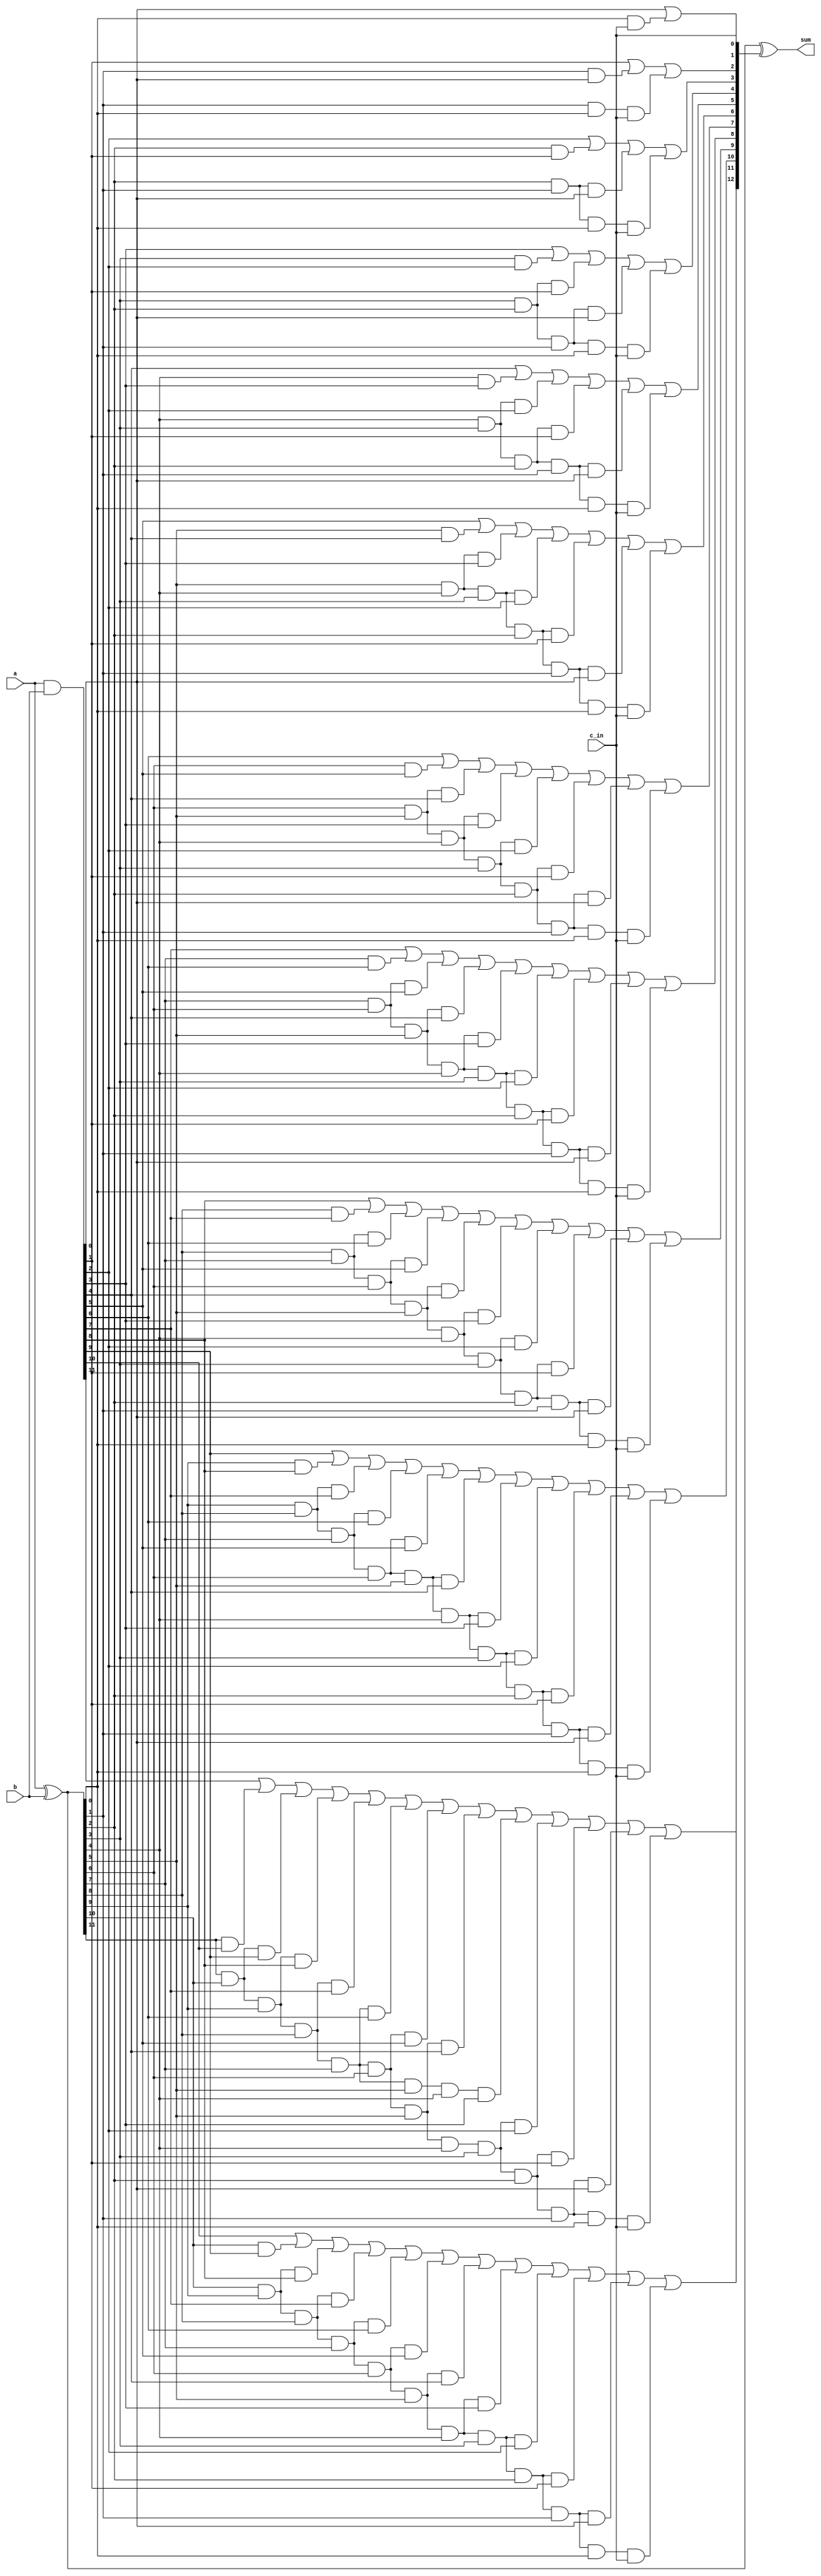
module cla_12bit(a,b,c_in,sum);

//parameter define
parameter ADDR_WIDTH = 12;

//input define
//input clk;
//input rst_n;
input [ADDR_WIDTH-1:0] a;
input [ADDR_WIDTH-1:0] b;
input c_in;

//output define
output [ADDR_WIDTH:0] sum;

//internal signal
wire [ADDR_WIDTH-1:0] p;
wire [ADDR_WIDTH-1:0] g;
wire [ADDR_WIDTH:0] c;

assign p[ADDR_WIDTH-1:0] = a[ADDR_WIDTH-1:0] ^ b[ADDR_WIDTH-1:0];
assign g[ADDR_WIDTH-1:0] = a[ADDR_WIDTH-1:0] & b[ADDR_WIDTH-1:0];
assign c[0] = c_in;
assign c[1] = g[0] | (p[0] & c[0]);

assign c[2] = g[1] | (p[1] & g[0]) | (p[1] & p[0] & c[0]);

assign c[3] = g[2] | (p[2] &  g[1]) | (p[2] & p[1] & g[0]) | (p[2] & p[1] & p[0] & c[0]);

assign c[4] = g[3] | (p[3] &  g[2]) | (p[3] & p[2] &  g[1]) | (p[3] & p[2] & p[1] & g[0]) | (p[3] & p[2] & p[1] & p[0] & c[0]);

assign c[5] = g[4] | (p[4] &  g[3]) | (p[4] & p[3] &  g[2]) | (p[4] & p[3] & p[2] &  g[1]) | (p[4] & p[3] & p[2] & p[1] & g[0]) | (p[4] & p[3] & p[2] & p[1] & p[0] & c[0]);

assign c[6] = g[5] | (p[5] &  g[4]) | (p[5] & p[4] &  g[3]) | (p[5] & p[4] & p[3] &  g[2]) | (p[5] & p[4] & p[3] & p[2] &  g[1]) | (p[5] & p[4] & p[3] & p[2] & p[1] & g[0]) | (p[5] & p[4] & p[3] & p[2] & p[1] & p[0] & c[0]);

assign c[7] = g[6] | (p[6] &  g[5]) | (p[6] & p[5] &  g[4]) | (p[6] & p[5] & p[4] &  g[3]) | (p[6] & p[5] & p[4] & p[3] &  g[2]) | (p[6] & p[5] & p[4] & p[3] & p[2] &  g[1]) | (p[6] & p[5] & p[4] & p[3] & p[2] & p[1] & g[0]) | (p[6] & p[5] & p[4] & p[3] & p[2] & p[1] & p[0] & c[0]);

assign c[8] = g[7] | (p[7] &  g[6]) | (p[7] & p[6] &  g[5]) | (p[7] & p[6] & p[5] &  g[4]) | (p[7] & p[6] & p[5] & p[4] &  g[3]) | (p[7] & p[6] & p[5] & p[4] & p[3] &  g[2]) | (p[7] & p[6] & p[5] & p[4] & p[3] & p[2] &  g[1]) | (p[7] & p[6] & p[5] & p[4] & p[3] & p[2] & p[1] & g[0]) | (p[7] & p[6] & p[5] & p[4] & p[3] & p[2] & p[1] & p[0] & c[0]);

assign c[9] = g[8] | (p[8] &  g[7]) | (p[8] & p[7] &  g[6]) | (p[8] & p[7] & p[6] &  g[5]) | (p[8] & p[7] & p[6] & p[5] &  g[4]) | (p[8] & p[7] & p[6] & p[5] & p[4] &  g[3]) | (p[8] & p[7] & p[6] & p[5] & p[4] & p[3] &  g[2]) | (p[8] & p[7] & p[6] & p[5] & p[4] & p[3] & p[2] &  g[1]) | (p[8] & p[7] & p[6] & p[5] & p[4] & p[3] & p[2] & p[1] & g[0]) | (p[8] & p[7] & p[6] & p[5] & p[4] & p[3] & p[2] & p[1] & p[0] & c[0]);

assign c[10] = g[9] | (p[9] &  g[8]) | (p[9] & p[8] &  g[7]) | (p[9] & p[8] & p[7] &  g[6]) | (p[9] & p[8] & p[7] & p[6] &  g[5]) | (p[9] & p[8] & p[7] & p[6] & p[5] &  g[4]) | (p[9] & p[8] & p[7] & p[6] & p[5] & p[4] &  g[3]) | (p[9] & p[8] & p[7] & p[6] & p[5] & p[4] & p[3] &  g[2]) | (p[9] & p[8] & p[7] & p[6] & p[5] & p[4] & p[3] & p[2] &  g[1]) | (p[9] & p[8] & p[7] & p[6] & p[5] & p[4] & p[3] & p[2] & p[1] & g[0]) | (p[9] & p[8] & p[7] & p[6] & p[5] & p[4] & p[3] & p[2] & p[1] & p[0] & c[0]);

assign c[11] = g[10] | (p[10] &  g[9]) | (p[10] & p[9] &  g[8]) | (p[10] & p[9] & p[8] &  g[7]) | (p[10] & p[9] & p[8] & p[7] &  g[6]) | (p[10] & p[9] & p[8] & p[7] & p[6] &  g[5]) | (p[10] & p[9] & p[8] & p[7] & p[6] & p[5] &  g[4]) | (p[10] & p[9] & p[8] & p[7] & p[6] & p[5] & p[4] &  g[3]) | (p[10] & p[9] & p[8] & p[7] & p[6] & p[5] & p[4] & p[3] &  g[2]) | (p[10] & p[9] & p[8] & p[7] & p[6] & p[5] & p[4] & p[3] & p[2] &  g[1]) | (p[10] & p[9] & p[8] & p[7] & p[6] & p[5] & p[4] & p[3] & p[2] & p[1] & g[0]) | (p[10] & p[9] & p[8] & p[7] & p[6] & p[5] & p[4] & p[3] & p[2] & p[1] & p[0] & c[0]);

assign c[12] = g[11] | (p[11] &  g[10]) | (p[11] & p[10] &  g[9]) | (p[11] & p[10] & p[9] &  g[8]) | (p[11] & p[10] & p[9] & p[8] &  g[7]) | (p[11] & p[10] & p[9] & p[8] & p[7] &  g[6]) | (p[11] & p[10] & p[9] & p[8] & p[7] & p[6] &  g[5]) | (p[11] & p[10] & p[9] & p[8] & p[7] & p[6] & p[5] &  g[4]) | (p[11] & p[10] & p[9] & p[8] & p[7] & p[5] & p[4] &  g[3]) | (p[11] & p[10] & p[9] & p[8] & p[7] & p[6] & p[5] & p[4] & p[3] &  g[2]) | (p[11] & p[10] & p[9] & p[8] & p[7] & p[6] & p[5] & p[4] & p[3] & p[2] &  g[1]) | (p[11] & p[10] & p[9] & p[8] & p[7] & p[6] & p[5] & p[4] & p[3] & p[2] & p[1] & g[0]) | (p[11] & p[10] & p[9] & p[8] & p[7] & p[6] & p[5] & p[4] & p[3] & p[2] & p[1] & p[0] & c[0]);

assign sum[ADDR_WIDTH:0] = {1'b0,p[ADDR_WIDTH-1:0]} ^ c[ADDR_WIDTH:0];

endmodule